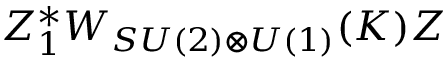
Z _ { 1 } ^ { * } W _ { S U ( 2 ) \otimes U ( 1 ) } ( K ) Z